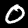
Label: 0